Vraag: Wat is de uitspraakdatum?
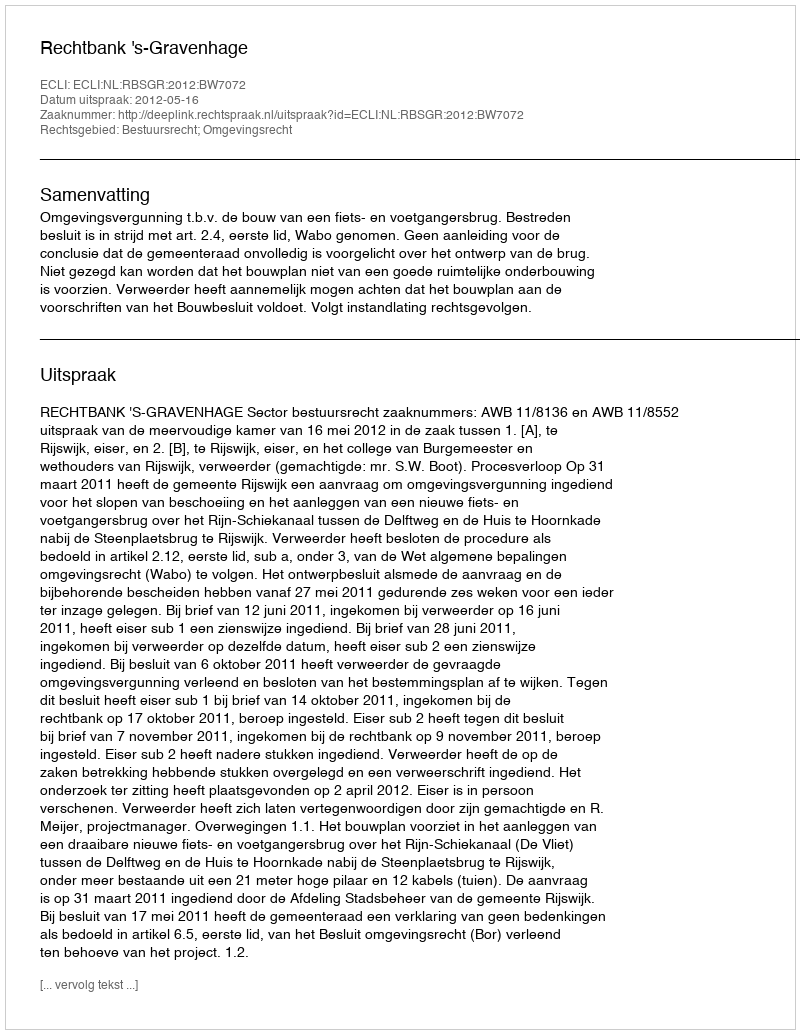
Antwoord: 2012-05-16